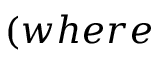
( w h e r e